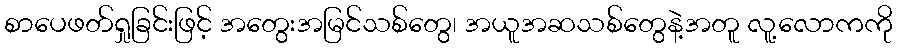
စာပေဖတ်ရှုခြင်းဖြင့် အတွေးအမြင်သစ်တွေ၊ အယူအဆသစ်တွေနဲ့အတူ လူ့လောကကို